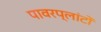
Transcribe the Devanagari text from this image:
पावरप्लांटों